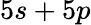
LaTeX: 5s+5p